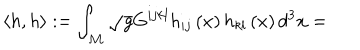
\left\langle h , h \right\rangle : = \int _ { { \cal M } } \sqrt { g } G ^ { i j k l } h _ { i j } \left( x \right) h _ { k l } \left( x \right) d ^ { 3 } x =